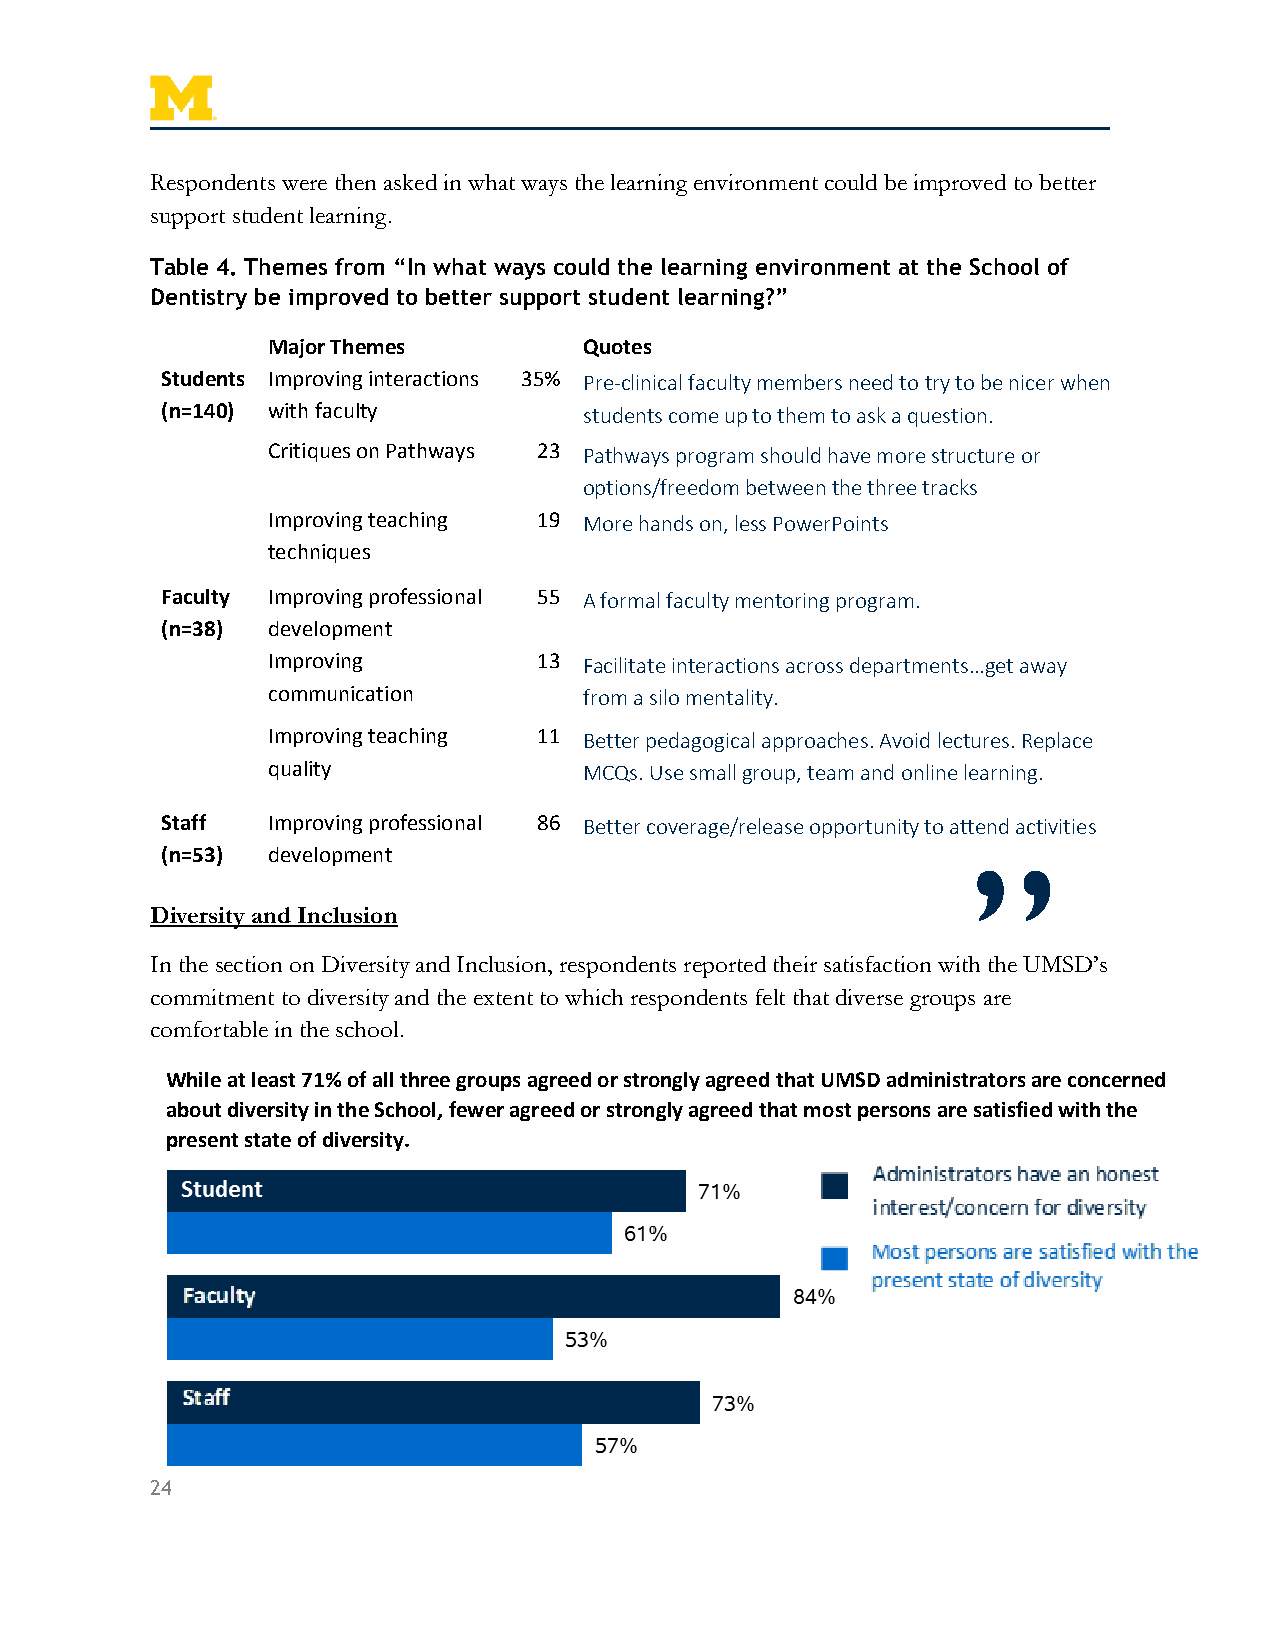
Respondents were then asked in what ways the learning environment could be improved to better
 support student learning.
 Table 4. Themes from “In what ways could the learning environment at the School of
 Dentistry be improved to better support student learning?”
 Major Themes         Quotes
 Students Improving interactions 35% Pre-clinical faculty members need to try to be nicer when
 (n=140) with faculty        students come up to them to ask a question.
 Critiques on Pathways 23 Pathways program should have more structure or
 options/freedom between the three tracks
 Improving teaching 19 More hands on, less PowerPoints
 techniques
 Faculty Improving professional 55 A formal faculty mentoring program.
 (n=38) development
 Improving         13 Facilitate interactions across departments…get away
 communication        from a silo mentality.
 Improving teaching 11 Better pedagogical approaches. Avoid lectures. Replace
 quality              MCQs. Use small group, team and online learning.
 Staff  Improving professional 86 Better coverage/release opportunity to attend activities
 (n=53) development
 ”
 Diversity and Inclusion
 In the section on Diversity and Inclusion, respondents reported their satisfaction with the UMSD’s
 commitment to diversity and the extent to which respondents felt that diverse groups are
 comfortable in the school.
 While at least 71% of all three groups agreed or strongly agreed that UMSD administrators are concerned
 about diversity in the School, fewer agreed or strongly agreed that most persons are satisfied with the
 present state of diversity.
 24